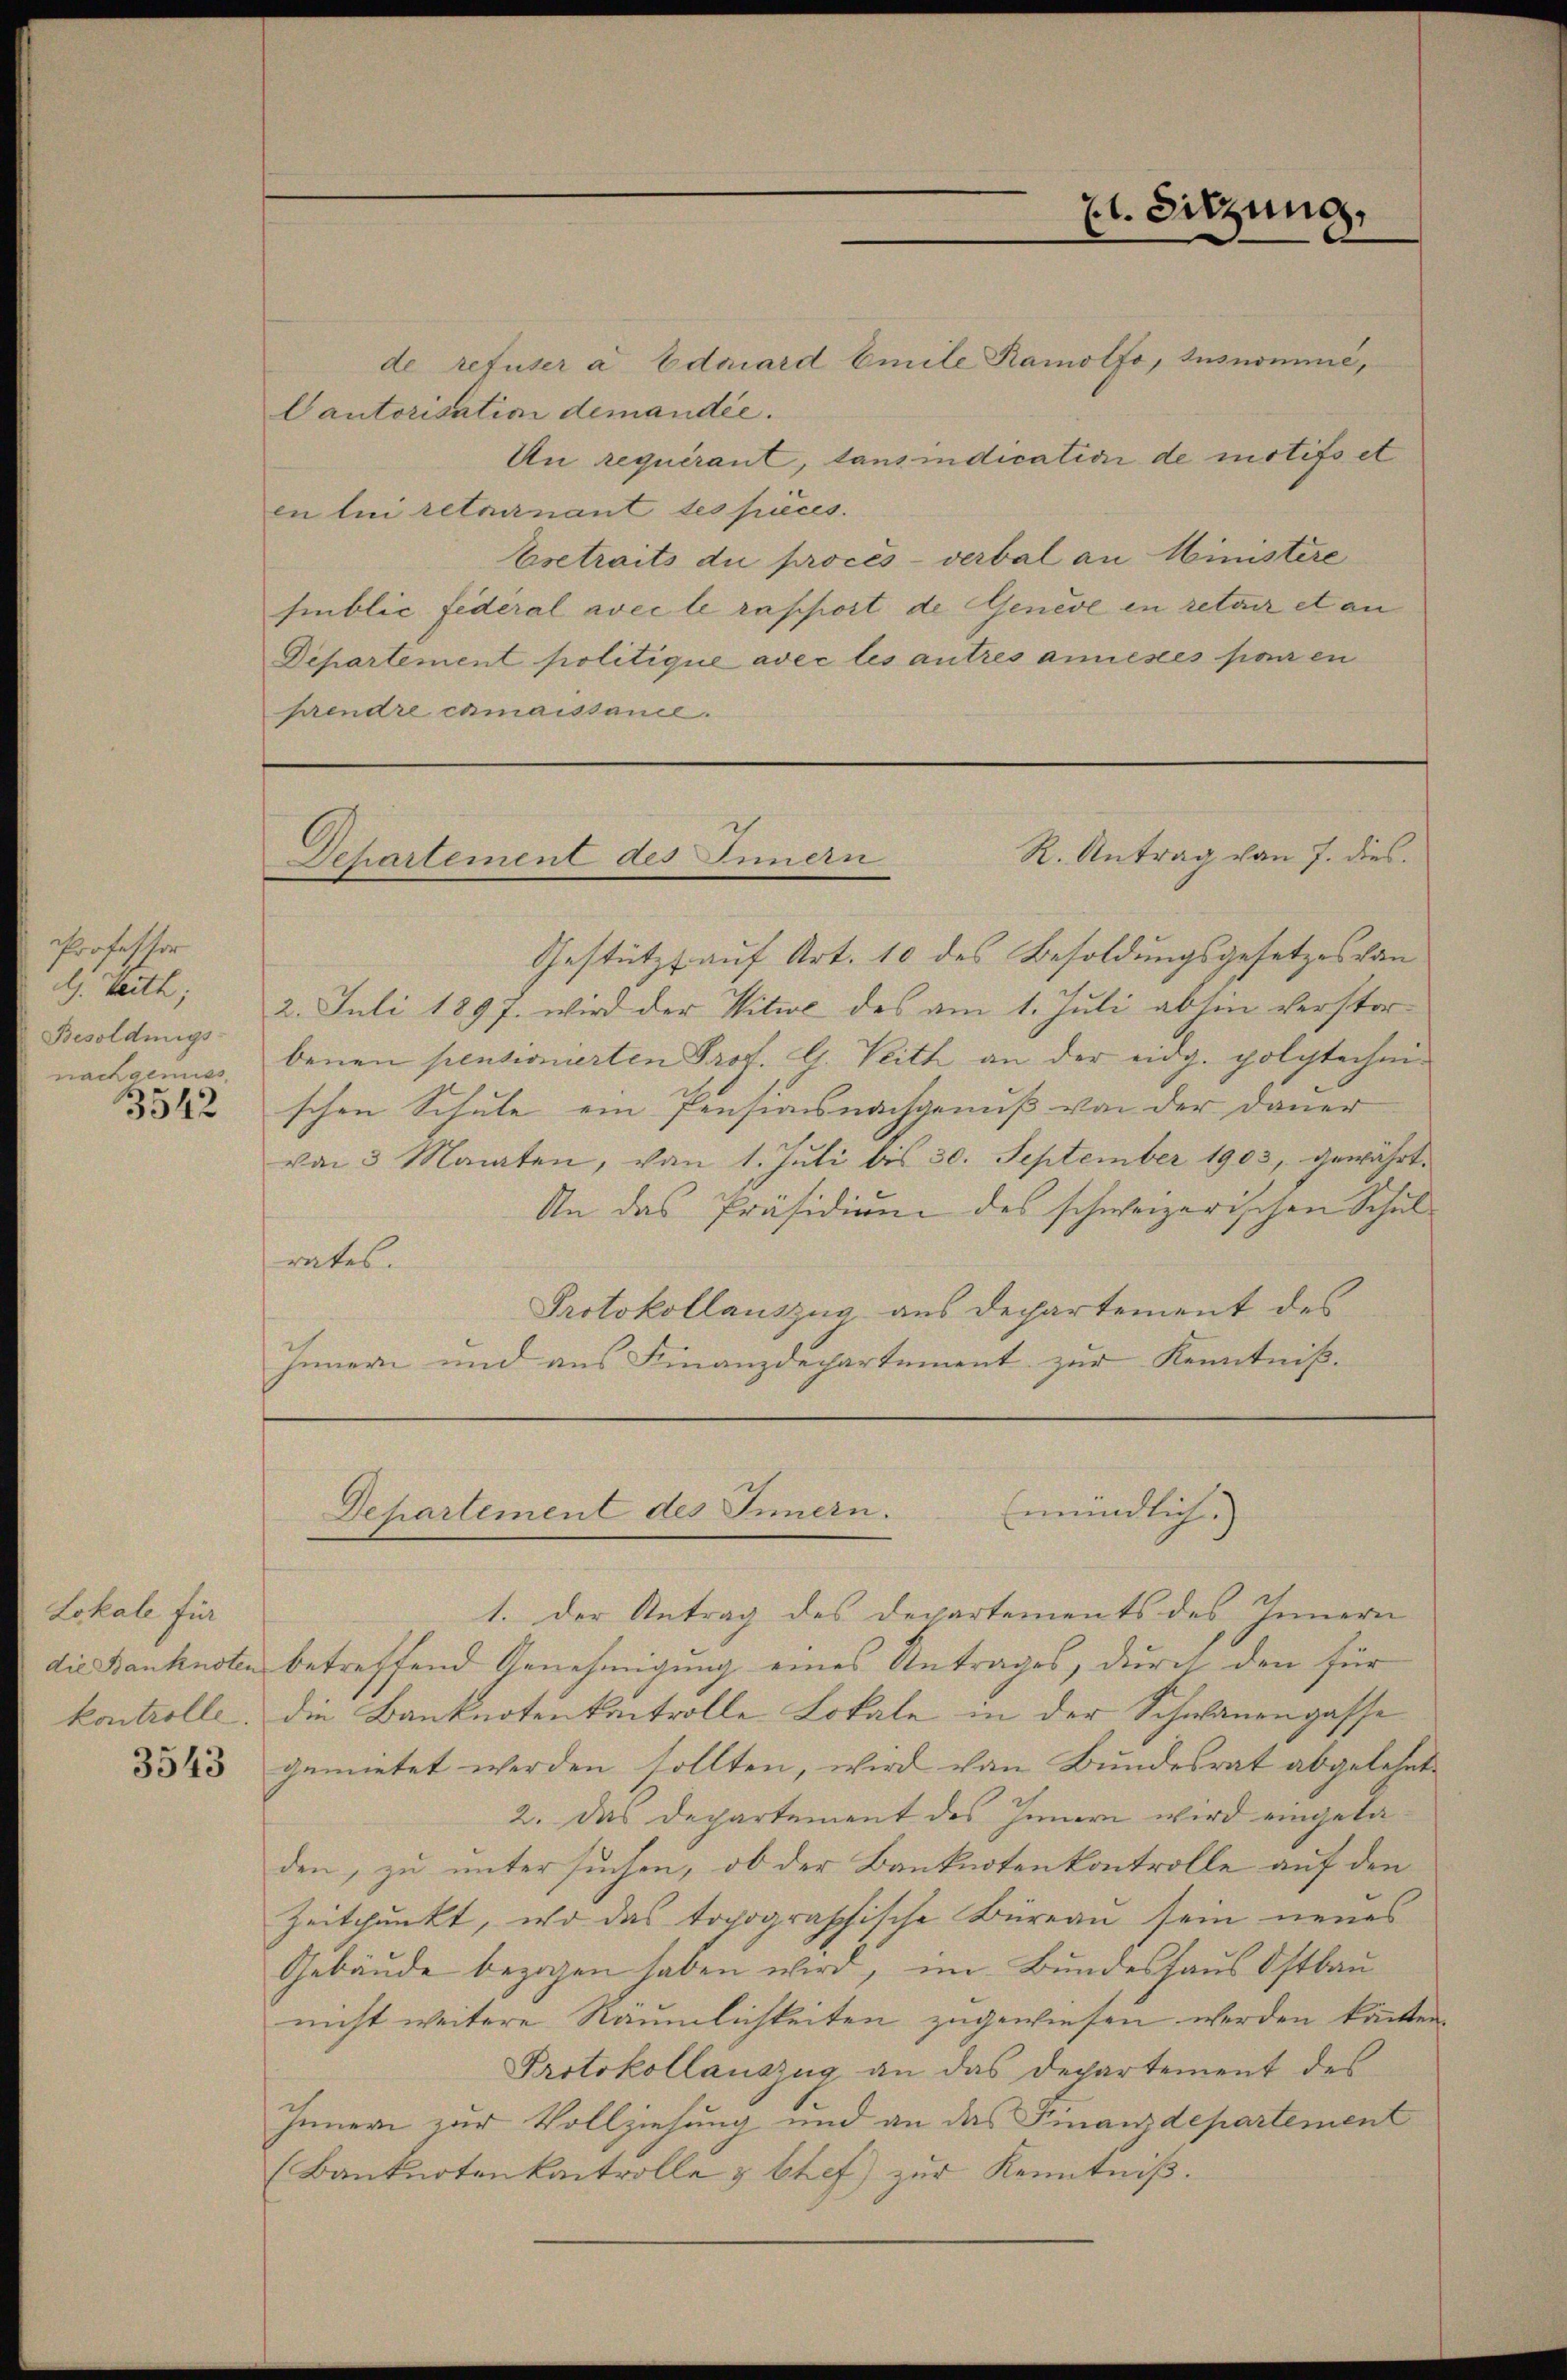
Professor
d. Weith;
Besoldungs-
nachgemess
3542

Lokale für

21. Sitzung,

R. Antrag von 7. dies
Departement des Innern

de refuser a Eduard Emile Ramolfo, Iusnomme,
Cautorisation demandée.
Un requérant, taus indication de motifs et
en lui retairnant les pièces.
Esetraits du procès-verbal an Ministere
sinblic fédéral avec le rapport de Genede in retair et an
Departement politique avec les autres annestes porzen
prendre camaissance.

Gestützt auf Art. 10 des Besoldungsgesetzes von
2. Juli 1897. wird der Witwe des am 1. Juli abhin verstorbenen pensionierten Prof. G. Veith an der eidg. polytechnischen Schule ein Pensionsnachgenuß von der Dauer
von 3 Monaten, von 1. Juli bis 30. September 1903, gewährt.
An das Präsidium des schweizerischen Schulrates.
Protokollauszug aus Departement des
Innern und aus Finanzdepartement zur Kenntniß.

mündliche)
Departement des Innern.

1. Der Antrag des Departements des Innern
die Banknoten betreffend Genehmigung eines Antrages, durch den für
kontrolle. Die Banknotenkontrolle Lokale in der Schwanengasse
§ 343 gemietet werden sollten, wird von Bundesrat abgelehnte
2. Das Departement des Innern wird eingeladen, zu untersuchen, ob der Banknotenkontrolle auf den
Zeitpunkt, wo das topographische Büreau sein neues
Gebäude bezogen haben wird, im Bundeshaus Ostbau
nicht weitere Räumlichkeiten zugewiesen werden kannten.
Protokollauszug an das Departement des
Innern zur Vollziehung und an das Finanzdepartement
(Banknotenkontrolle & stef) zur Kenntniß.